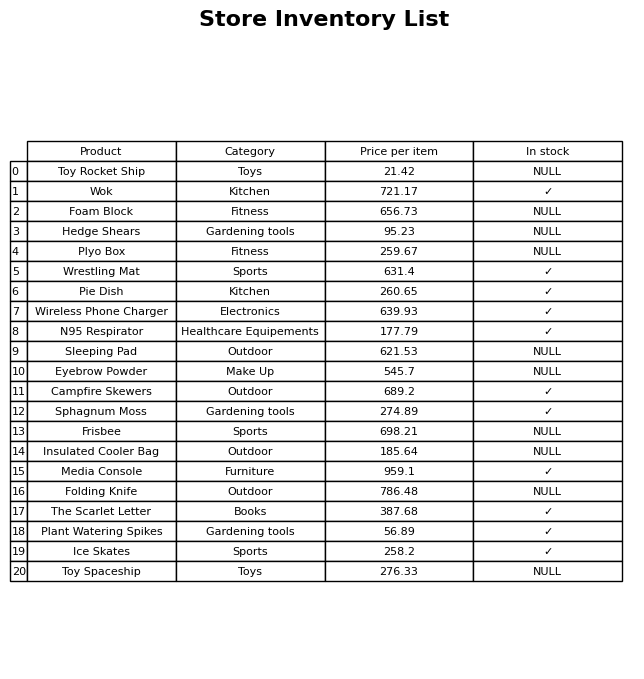
question: What is the stock status of the Plyo Box?
answer: NULL